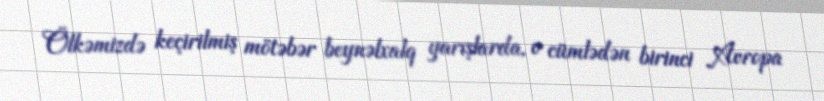
Ölkəmizdə keçirilmiş mötəbər beynəlxalq yarışlarda, o cümlədən birinci Avropa